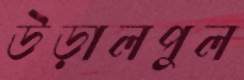
উড়ালপুল